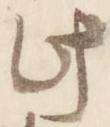
此